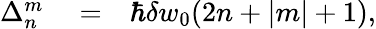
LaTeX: \begin{array}{rlr}{\Delta_{n}^{m}}&{{}=}&{\hbar\delta w_{0}(2n+|m|+1),}\end{array}